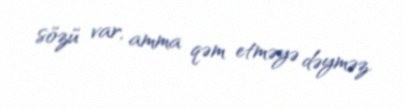
sözü var, amma qəm etməyə dəyməz.